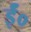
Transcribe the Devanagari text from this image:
ईं०